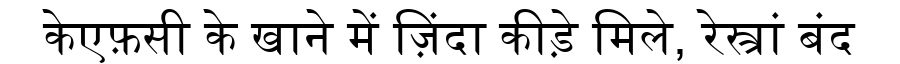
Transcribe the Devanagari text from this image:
केएफ़सी के खाने में ज़िंदा कीड़े मिले, रेस्त्रां बंद